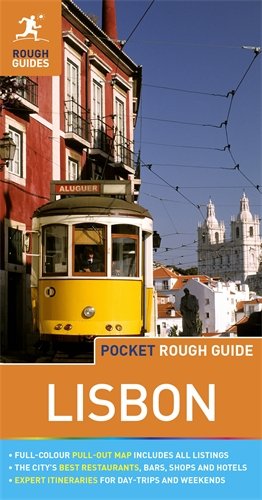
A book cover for Pocket Rough Guide Lisbon (Rough Guide Pocket Guides); Matthew Hancock; Travel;